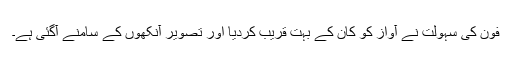
فون کی سہولت نے آواز کو کان کے بہت قریب کردیا اور تصویر آنکھوں کے سامنے آگئی ہے۔